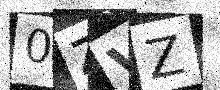
Text: 0ZVZ